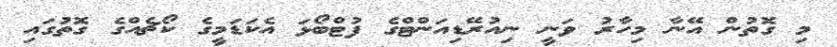
މި ގޮތުން އޭނާ މިހާރު ވަނީ ނިއުރޭޑިއަންޓްގެ ފުޓްބޯޅަ އެކަޑަމީގެ ކޯޗެއްގެ ގޮތުގައި